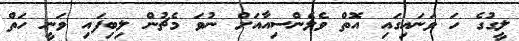
ލީގުގެ ހަ ވަނައިގައި އޮތް ވެލެންސިއާއަށް ނުވަ މެޗުން ލިބިފައި ވަނީ ހަތް